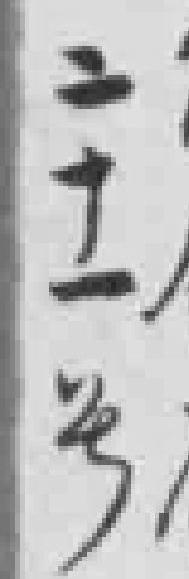
二十一号